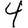
Digit: 4